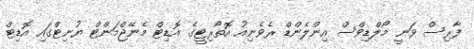
ފާރިސް ވަނީ މޯލްޑިވްސް އިންލެންޑް ރެވެނިއު އޮތޯރިޓީގެ އޮޑިޓް މެނޭޖްމަންޓް ޔުނިޓްގައި އޮޑިޓް